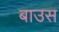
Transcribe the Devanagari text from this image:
बाउस